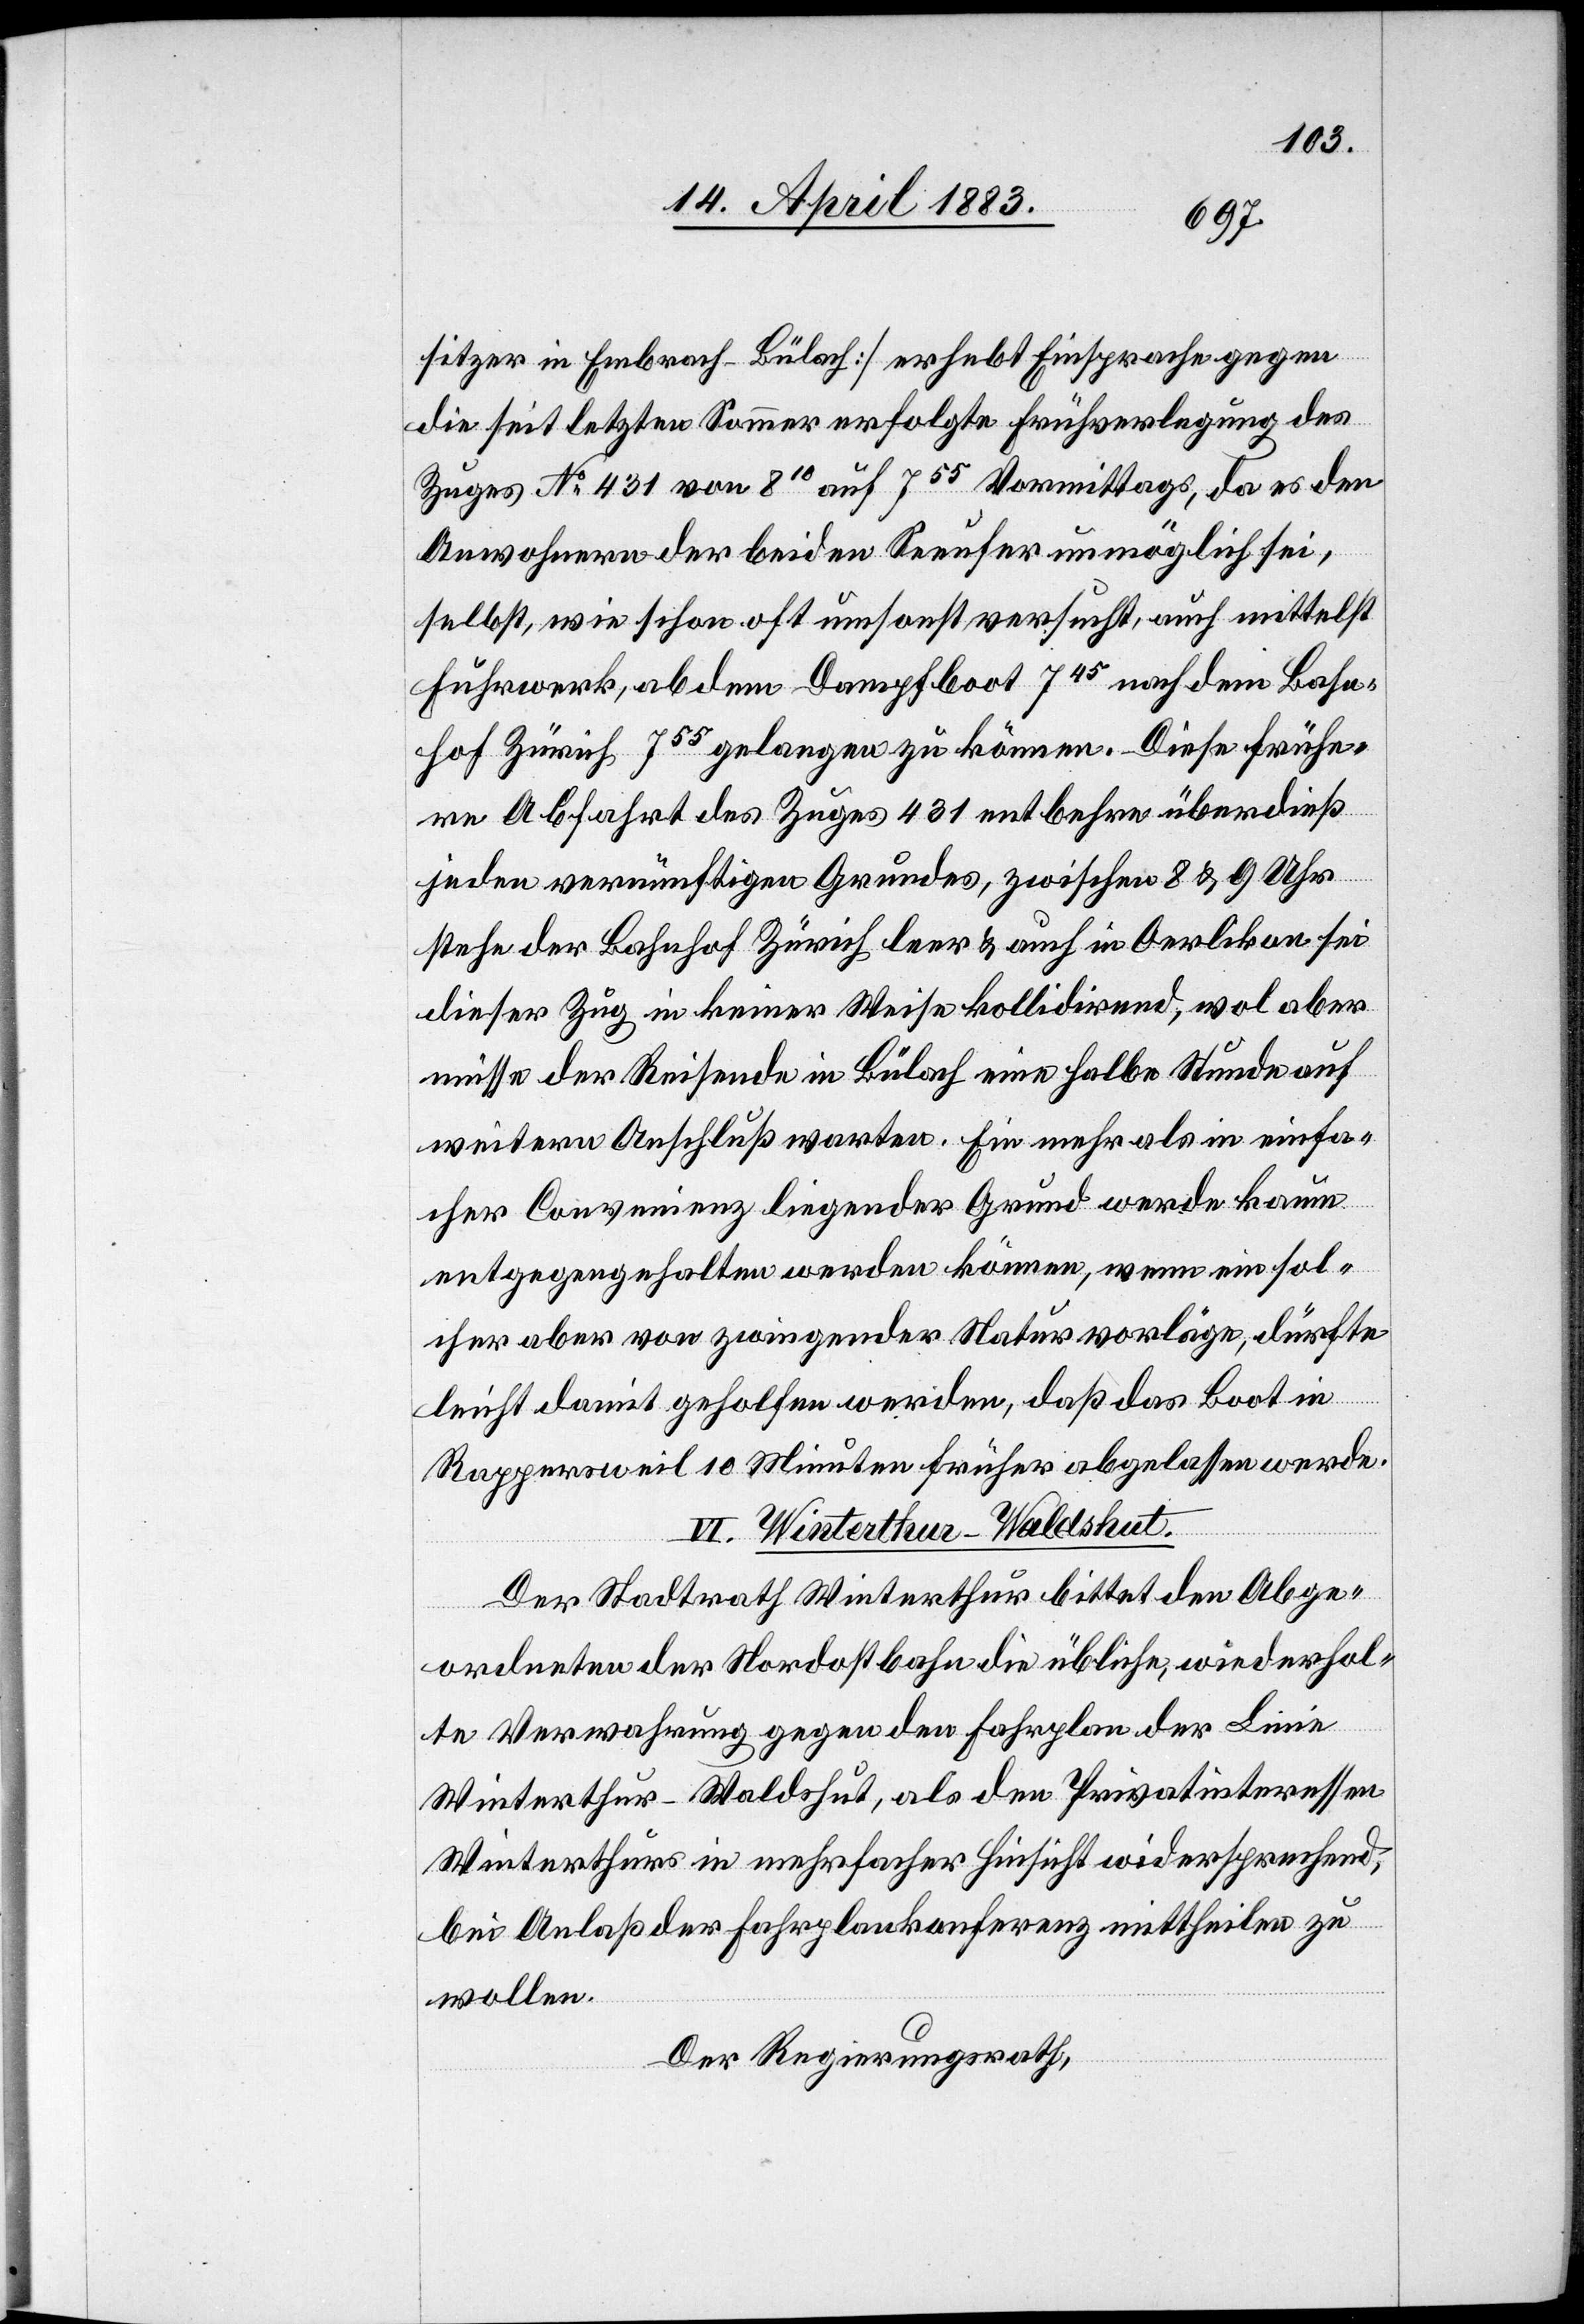
sitzer in Embrach–Bülach] erhebt Einsprache gegen
die seit letzten Sommer erfolgte Frühverlegung des
Zuges No 431 von 810 auf 755 Vormittags, da es den
Anwohnern der beiden Seeufer unmöglich sei,
selbst, wie schon oft umsonst versucht, auch mittelst
Fuhrwerk, ab dem Dampfboot 745 nach dem Bahn¬
hof Zürich 755 gelangen zu können. Diese frühe¬
re Abfahrt des Zuges 431 entbehre überdieß
jeden vernünftigen Grundes, zwischen 8 & 9 Uhr
stehe der Bahnhof Zürich leer & auch in Oerlikon sei
dieser Zug in keiner Weise kollidirend, wol aber
müsse der Reisende in Bülach eine halbe Stunde auf
weitern Anschluß warten. Ein mehr als in einfa¬
cher Convenienz liegender Grund werde kaum
entgegengehalten werden können, wenn ein sol¬
cher aber von zwingender Natur vorläge, dürfte
leicht damit geholfen werden, daß das Boot in
Rappersweil 10 Minuten früher abgelassen werde.
IV. Winterthur–Waldshut.
Der Stadtrath Winterthur bittet den Abge¬
ordneten der Nordostbahn die übliche, wiederhol¬
te Verwahrung gegen den Fahrplan der Linie
Winterthur–Waldshut, als den Privatinteressen
Winterthur in mehrfacher Hinsicht widersprechend,
bei Anlaß der Fahrplankonferenz mittheilen zu
wollen.
Der Regierungsrath,